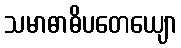
သမာဓာဓိပတေယျော